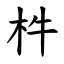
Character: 㭌